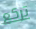
تركع